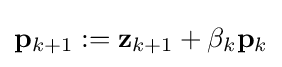
\mathbf {p} _{k+1}:=\mathbf {z} _{k+1}+\beta _{k}\mathbf {p} _{k}